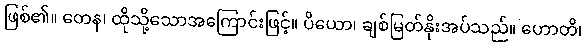
ဖြစ်၏။ တေန၊ ထိုသို့သောအကြောင်းဖြင့်။ ပိယော၊ ချစ်မြတ်နိုးအပ်သည်။ ဟောတိ၊